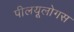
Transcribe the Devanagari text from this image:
पीलयूलोगस